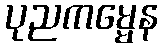
ပုညကမ္မေန